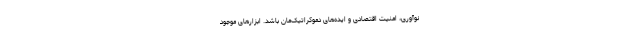
نوآوری، امنیت اقتصادی‌ و ایده‌های دموکراتیک‌مان باشد. ابزارهای موجود